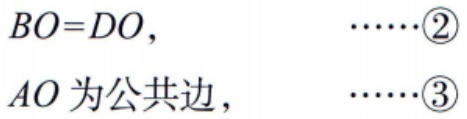
\(BO = DO,\ \ \ \ \ \ \ \ \ \ \ \ \ \ \ \ \ \ \ \ \ \ \cdots\cdots\textcircled{2}\)

\(AO\text{为公共边},\ \ \ \ \ \ \ \ \ \ \ \ \ \ \ \ \ \ \ \ \cdots\cdots\textcircled{3}\)